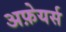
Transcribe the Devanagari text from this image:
अफ़ेयर्स